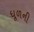
ધૂળની